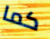
كما